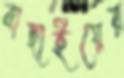
বাছাইয়ের